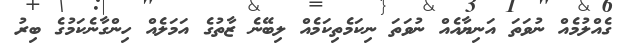
ގެއްލުމެއް ނުވަތަ އަނިޔާއެއް ނުވަތަ ނިކަމެތިކަމެއް ލިބޭނެ ޒާތުގެ އަމަލެއް ހިންގާނެކަމުގެ ބިރު